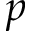
p